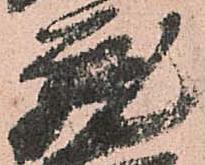
蔵